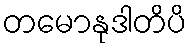
တမောနုဒါတိပိ